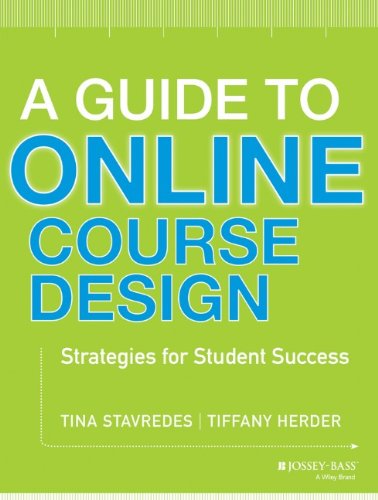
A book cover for A Guide to Online Course Design: Strategies for Student Success; Tina Stavredes; Education & Teaching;